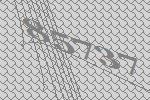
85737